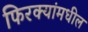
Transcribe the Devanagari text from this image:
फिरक्यांमधील